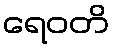
ရေဝတိ